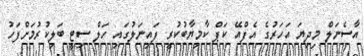
އާސެނަލް މިދިޔަ އަހަރުގެ އެފްއޭ ކަޕް ކާމިޔާބުކުރީ ފައިނަލުގައި ހަލް ސިޓީ ބަލިކުރުމަށްފަހު